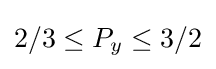
2/3\leq P_{y}\leq 3/2